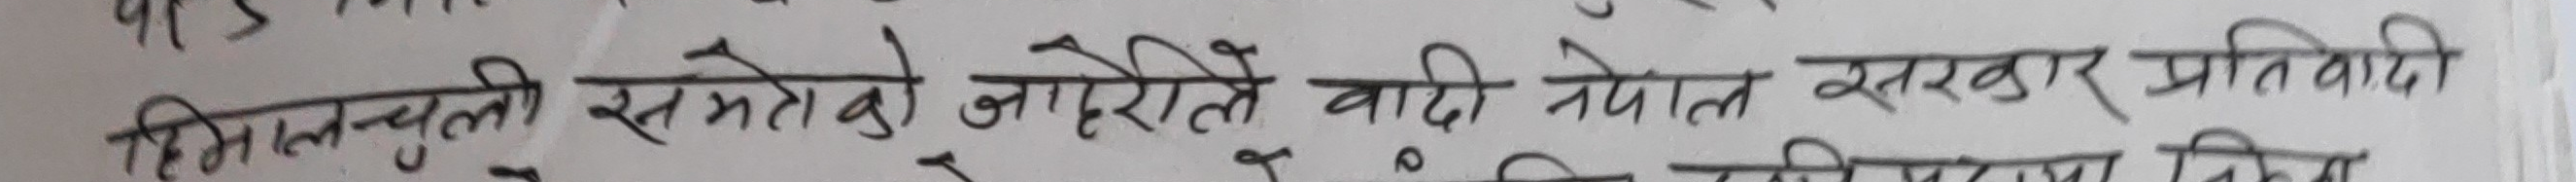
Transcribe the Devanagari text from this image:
सिजलचुली समेतको जोरले वादी नेपाल सरकार प्रतिवादी